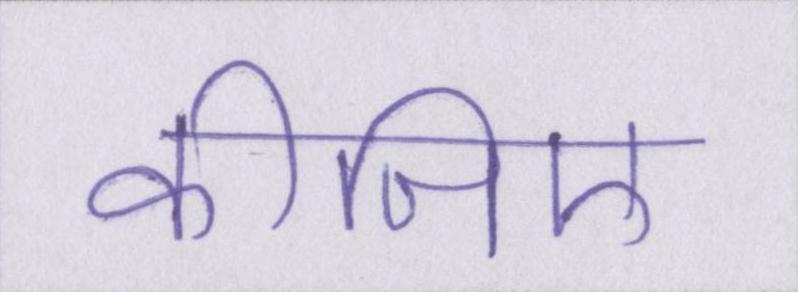
कीजिए